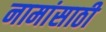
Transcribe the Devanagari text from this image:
नामांसाठी